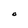
Character: O